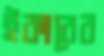
ইকারের